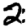
Digit: 2